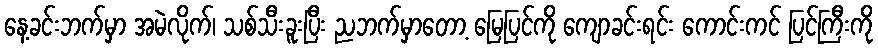
နေ့ခင်းဘက်မှာ အမဲလိုက်၊ သစ်သီးခူးပြီး ညဘက်မှာတော့ မြေပြင်ကို ကျောခင်းရင်း ကောင်းကင် ပြင်ကြီးကို